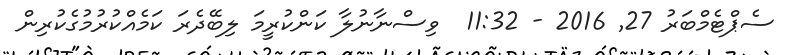
ސެޕްޓެމްބަރު 27